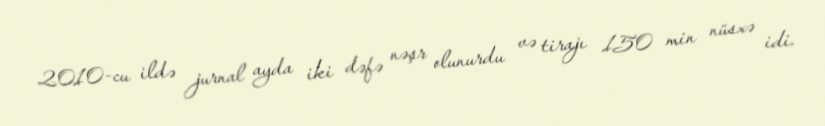
2010-cu ildə jurnal ayda iki dəfə nəşr olunurdu və tirajı 150 min nüsxə idi.